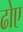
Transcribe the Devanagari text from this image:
ढोए